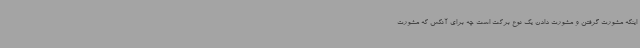
اینکه مشورت گرفتن و مشورت دادن یک نوع برکت است چه برای آنکس که مشورت